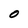
Character: 0